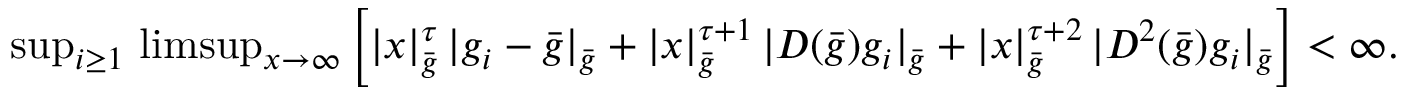
\begin{array} { r } { \operatorname* { s u p } _ { i \geq 1 } \, \operatorname* { l i m s u p } _ { x \to \infty } \left[ | x | _ { \bar { g } } ^ { \tau } \, | g _ { i } - \bar { g } | _ { \bar { g } } + | x | _ { \bar { g } } ^ { \tau + 1 } \, | D ( \bar { g } ) g _ { i } | _ { \bar { g } } + | x | _ { \bar { g } } ^ { \tau + 2 } \, | D ^ { 2 } ( \bar { g } ) g _ { i } | _ { \bar { g } } \right] < \infty . } \end{array}